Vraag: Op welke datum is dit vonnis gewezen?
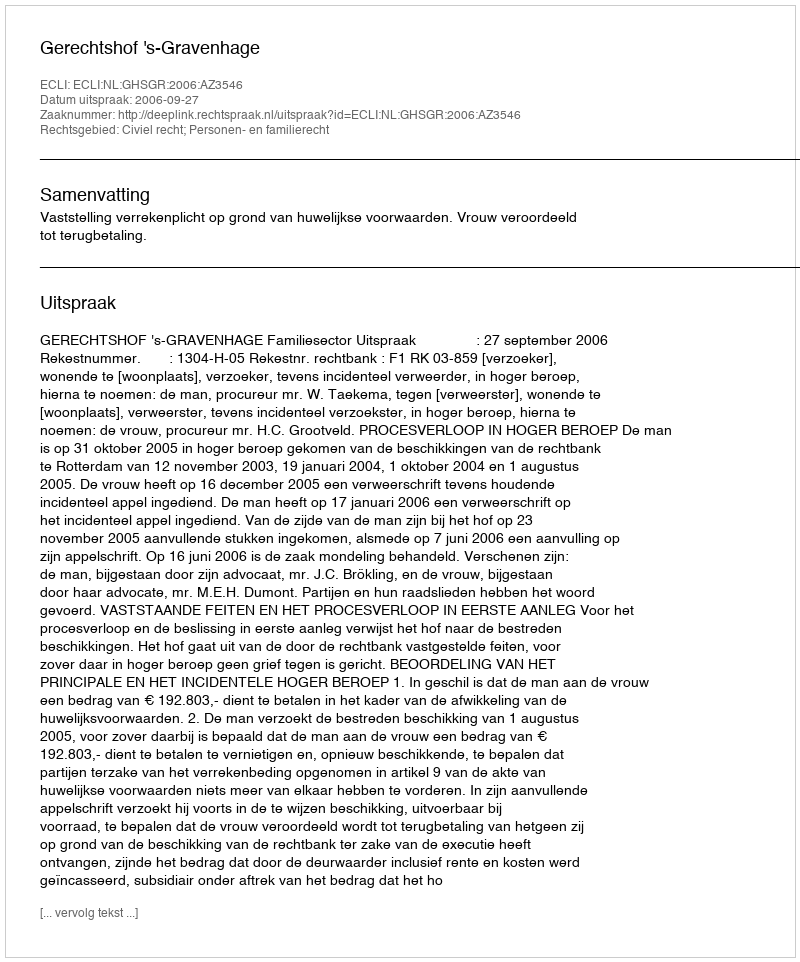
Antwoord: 2006-09-27